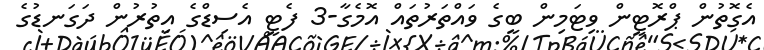
އެގޮތުން ޕްރޮޓީން ވިޓަމިން ބީގެ ވައްތަރުތައް އޮމެގާ-3 ފެޓީ އެސިޑްގެ އިތުރުން ދަގަނޑުގެ